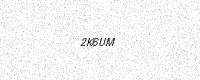
Text: 2K6UM